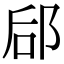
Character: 郈